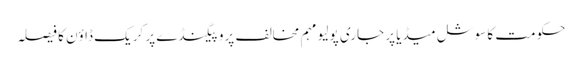
حکومت کا سوشل میڈیا پر جاری پولیو مہم مخالف پروپیگنڈے پر کریک ڈاؤن کا فیصلہ